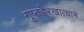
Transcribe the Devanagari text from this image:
गुप्तहेरखात्याने